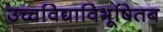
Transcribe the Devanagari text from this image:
उच्चविद्याविभूषितब